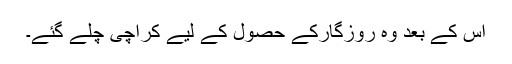
اس کے بعد وہ روزگارکے حصول کے لیے کراچی چلے گئے۔